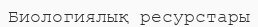
Биологиялық ресурстары